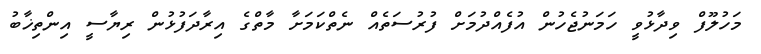
މަހުލޫފް ވިދާޅުވީ ހަމަނުޖެހުން އުފެއްދުމަށް ފުރުސަތެއް ނެތްކަމަށާ މާތްގެ އިރާދަފުޅުން ރިޔާސީ އިންތިޚާބު